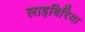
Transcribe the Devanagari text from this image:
लाइबिरिया